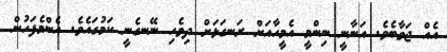
އެއް ޖަވާބެވެ. އަނާނީ ނިންމީ އެމީހާއަށް ރަނގަޅަށް ދިވެހި ނޭނގެނީ ކަމުގައެވެ. އެންމެފަހުން